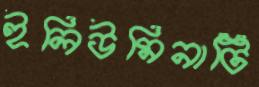
ইলিউমিনাটি